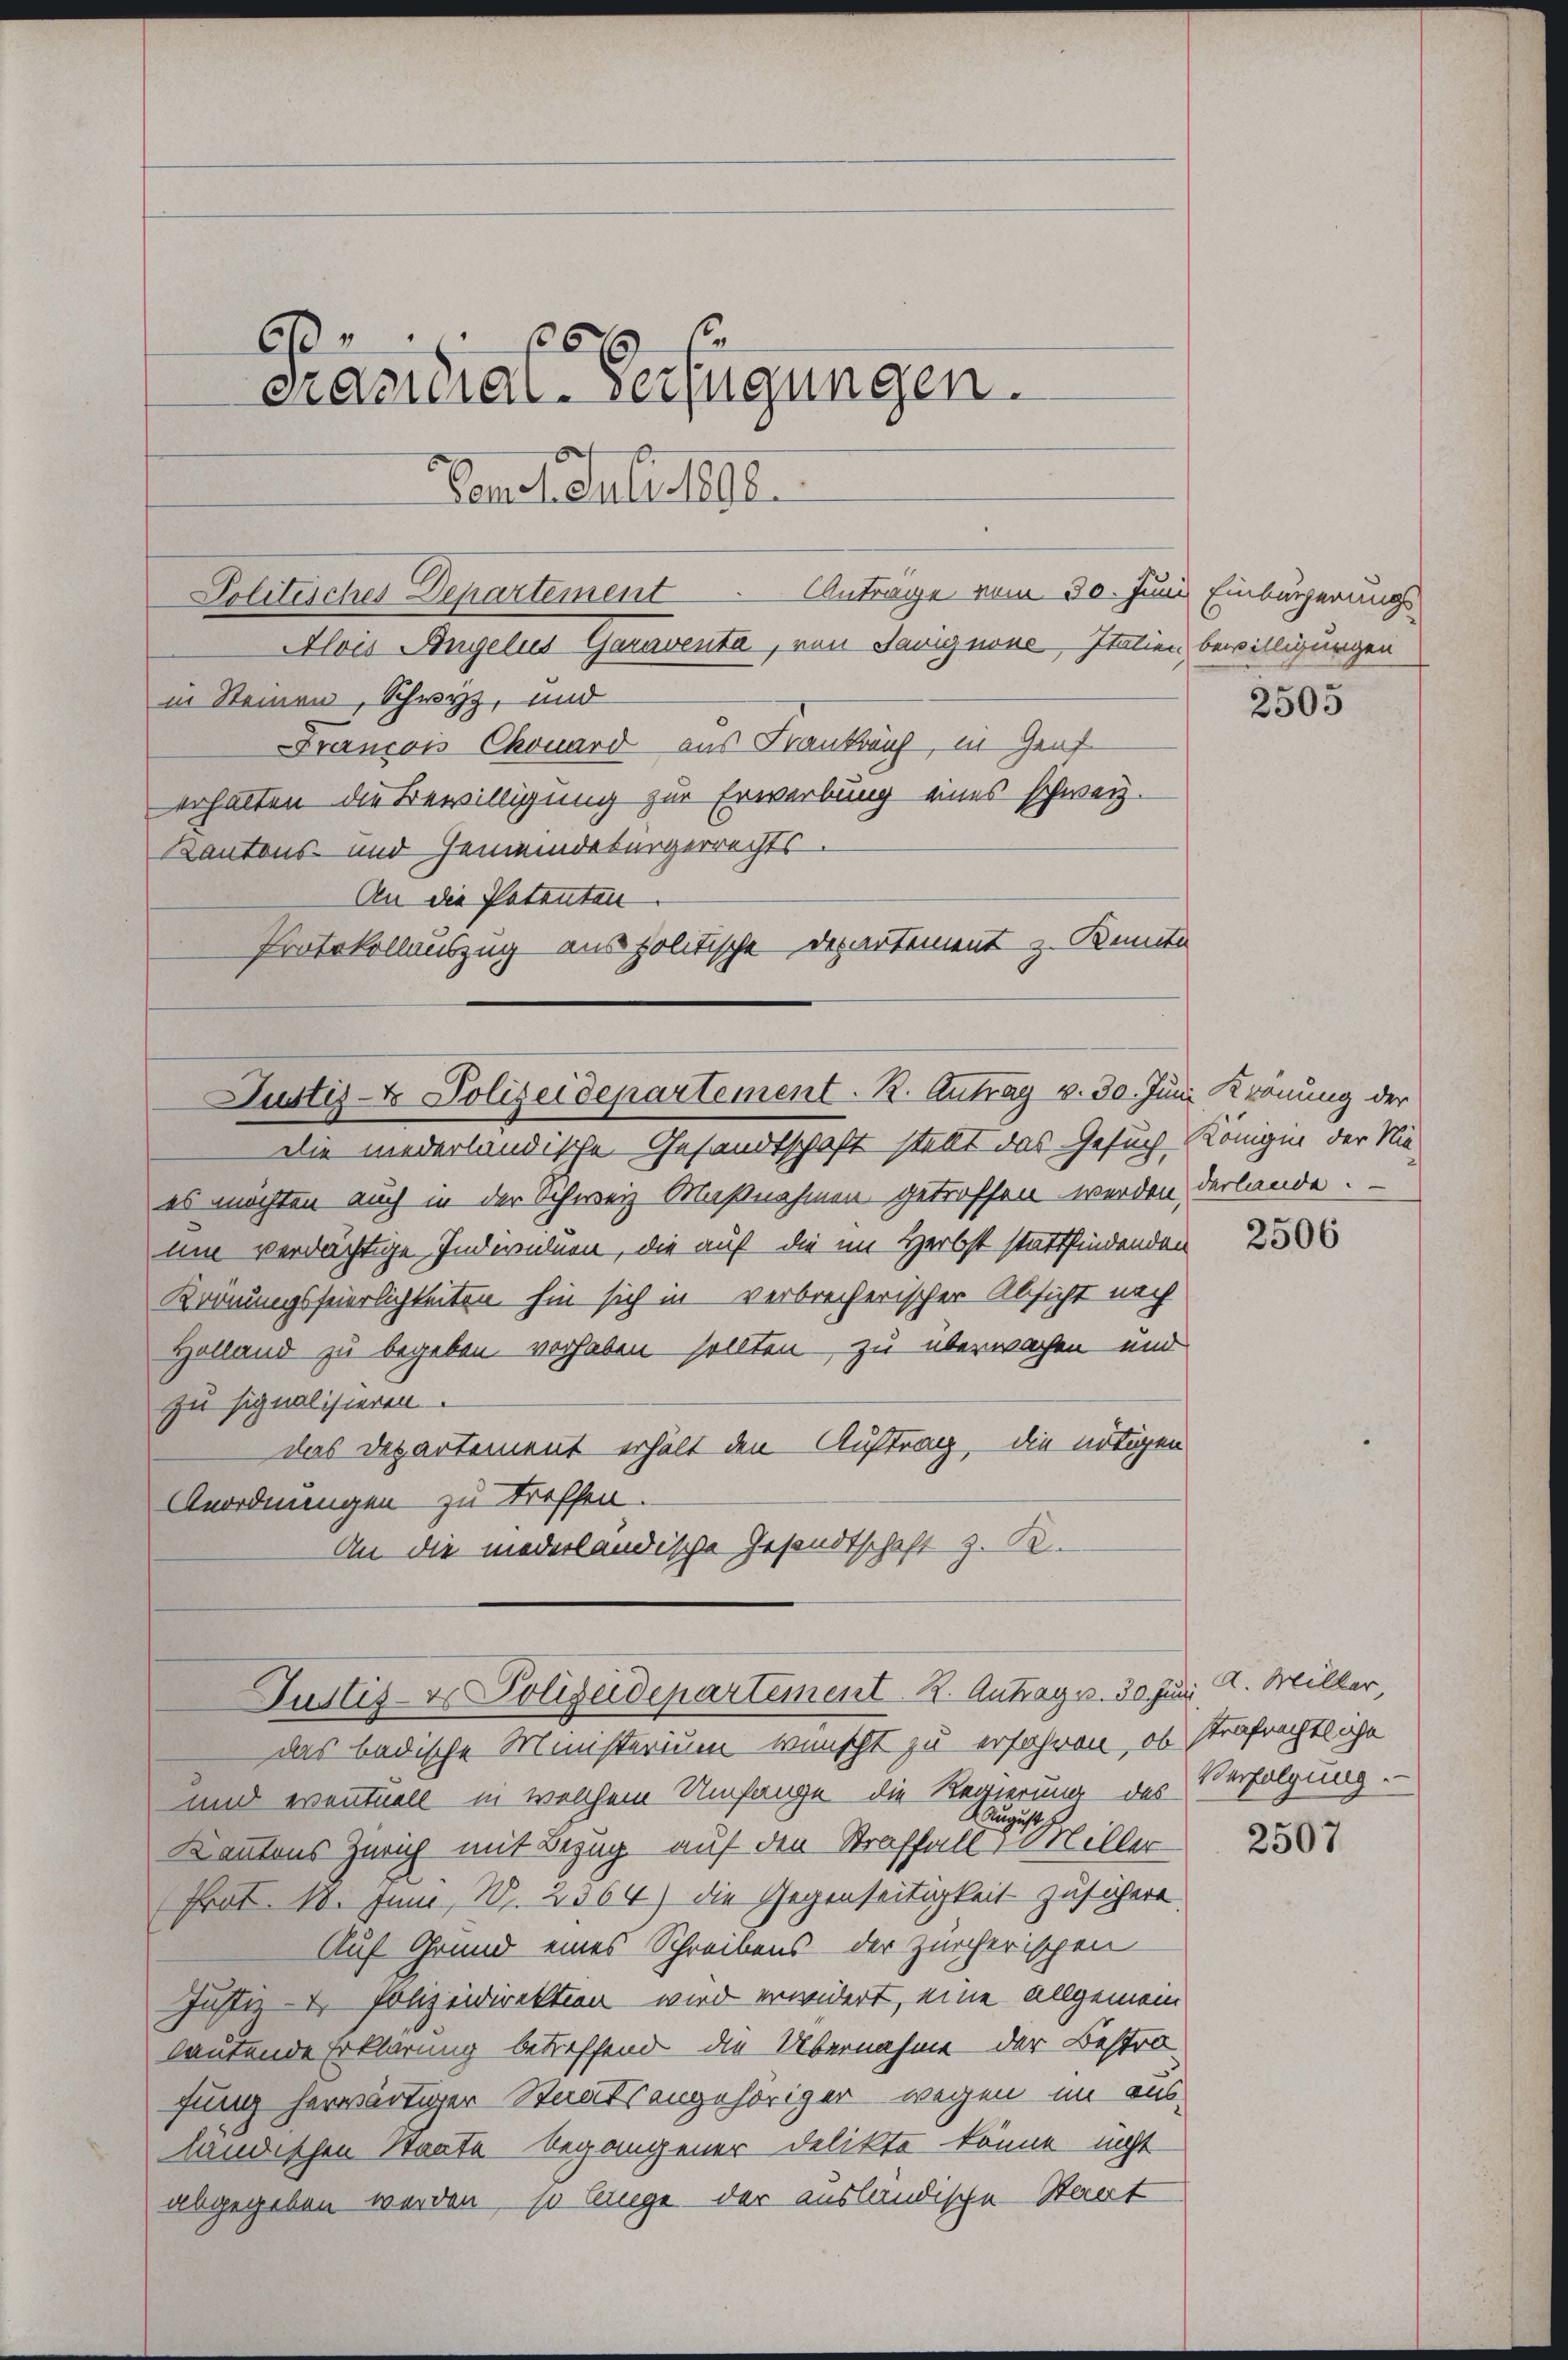
60
Präsidial-Verfügungen.

Polizeiches Departement. Antrage vom 30. Juni Einbürgerungs
Alois Angelis Garaventa, von Savignone Italien bewilligungen

in Steinen, Schwyz, und
Francois Chouard aus Frankrauf, in Gent
erhalten die Bewilligung zur Erwerbung eines schweiz.
Kantons- und Gemeindebürgerrechts.
An die Patenten
Protokollauszug aus politische Departement z. Kennte

Justiz- & Polizeidepartement. K. Antrag v. 30. Juni Krönung der
Die niederländische Gesandtschaft stellt das Gesuch Königin der Nie¬

Pen Mouli 1890.

es möchten auch in der Schweiz Maßnahmen getroffen werden, derlande.
um verdächtige Individuen, die auf die im Herbst stattfindenden
Krönungsfeierlichkeiten hin sich in verbrecherischer Absicht nach
Holland zu begeben, verhaben sollten, zu überwachen und
zu signalisieren.
das Departement erhält den Auftrag, die nötigen
Anordnungen zu treffen.
An die niederländische Gesandtschaft z. B.

das badische Münsterium wünscht zu erfahren, ob strafrechtliche
und eventuell in welchem Umfange die Regierung des
s
August
Kantons Zürich mit Bezug auf den Straffall im Miller
Prot. 18. Juni, S. 2364) die Gegenseitigkeit zusichere
Auf Grund eines Schreibens der Zürcherischen
Justiz- & Polizeidirektion wird erwidert, eine allgemein
lautende Erklärung betreffend die Übernahme der Bestra-
fung herwärtiger Staatsangehöriger wegen im aus-
ländischen Staate begangener Delikte könne nicht
abgegeben werden, so lange der ausländische Staat

Justiz- & Polizeidepartement K. Antrag v. 30 Juni A. Willer,

2505

2506

Verfolgung.

2507